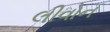
લીવોન